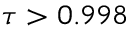
\tau > 0 . 9 9 8